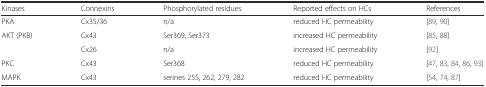
<table><thead><tr><td><b>Kinases</b></td><td><b>Connexins</b></td><td><b>Phosphorylated residues</b></td><td><b>Reported effects on HCs</b></td><td><b>References</b></td></tr></thead><tbody><tr><td>PKA</td><td>Cx35/36</td><td>n/a</td><td>reduced HC permeability</td><td>[89, 90]</td></tr><tr><td rowspan="2">AKT (PKB)</td><td>Cx43</td><td>Ser369, Ser373</td><td>increased HC permeability</td><td>[85, 88]</td></tr><tr><td>Cx26</td><td>n/a</td><td>increased HC permeability</td><td>[92]</td></tr><tr><td>PKC</td><td>Cx43</td><td>Ser368</td><td>reduced HC permeability</td><td>[47, 83, 84, 86, 93]</td></tr><tr><td>MAPK</td><td>Cx43</td><td>serines 255, 262, 279, 282</td><td>reduced HC permeability</td><td>[54, 74, 87]</td></tr></tbody></table>